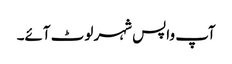
آپ واپس شہر لوٹ آئے۔